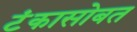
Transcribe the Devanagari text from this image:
टंकासोबत